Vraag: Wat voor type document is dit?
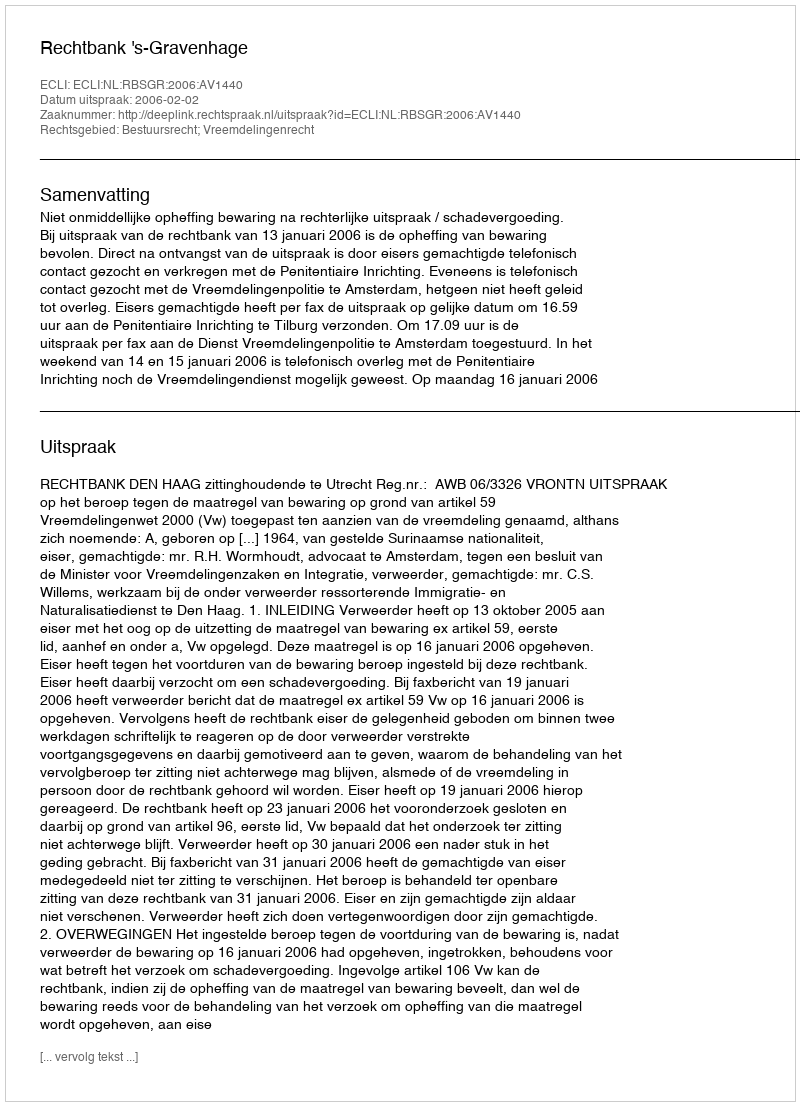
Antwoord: Uitspraak